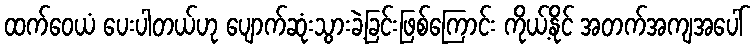
ထက်ဝေယံ ပေးပါတယ်ဟု ပျောက်ဆုံးသွားခဲ့ခြင်းဖြစ်ကြောင်း ကိုယ့်နိုင် အတက်အကျအပေါ်